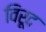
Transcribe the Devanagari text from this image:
विरूद